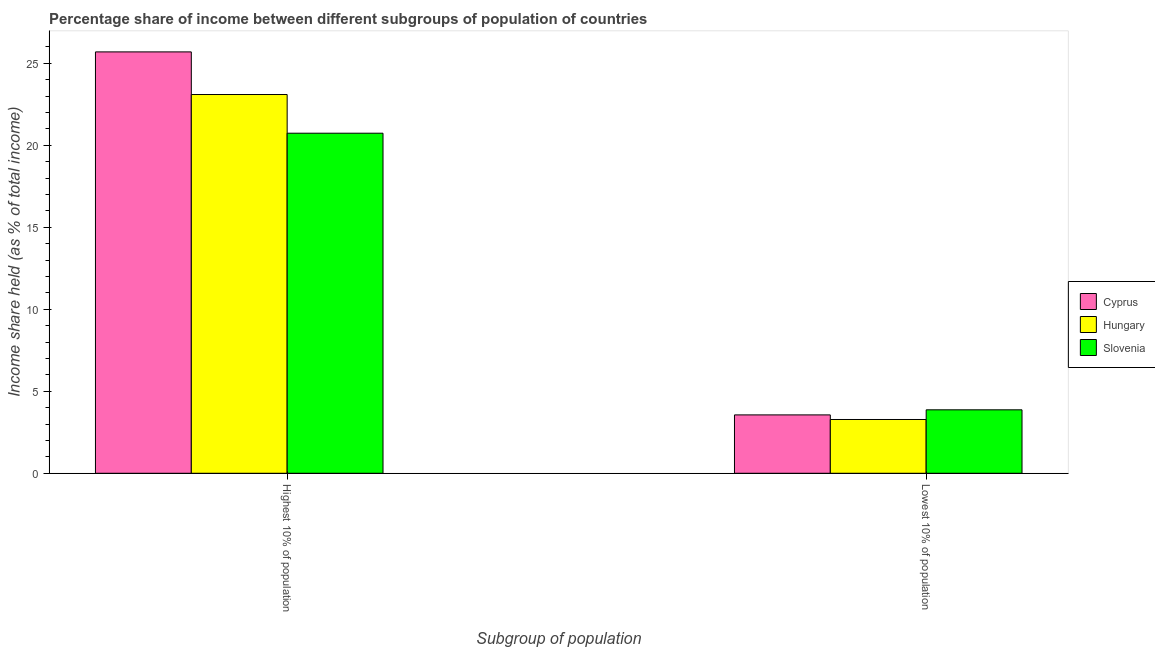
| Subgroup of population | Cyprus | Hungary | Slovenia |
 | --- | --- | --- | --- |
 | Highest 10% of population | 25.7 | 23.1 | 20.7 |
 | Lowest 10% of population | 3.56 | 3.28 | 3.87 |